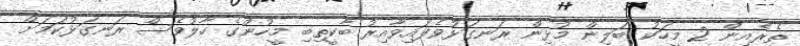
ތެރެއިން 2 މީހަކު ބަލިން މުޅިން ރަނގަޅުވެފައިވާއިރު ބާކީތިބި މީހުންގެ ހާލުވެސް ރަނގަޅުކަމަށް